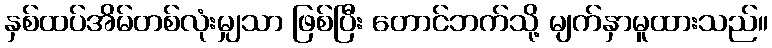
နှစ်ထပ်အိမ်တစ်လုံးမျှသာ ဖြစ်ပြီး တောင်ဘက်သို့ မျက်နှာမူထားသည်။